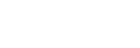
ပြန်တော့မယ်။